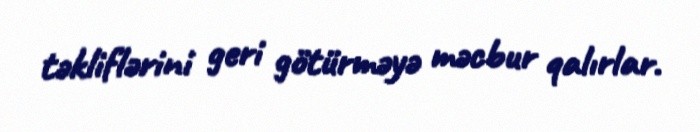
təkliflərini geri götürməyə məcbur qalırlar.